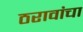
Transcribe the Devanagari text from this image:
ठरावांचा